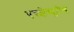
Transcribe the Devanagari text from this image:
एक्झेक्युटीव्ह